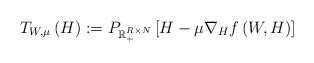
LaTeX: \begin{align*}T_{W,\mu} \left(H \right) := P_{\mathbb{R}_+^{R \times N}}\left[ H - \mu \nabla_H f \left(W,H \right) \right] \end{align*}